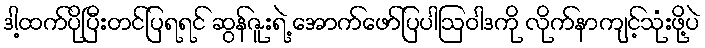
ဒါ့ထက်ပိုပြီးတင်ပြရရင် ဆွန်ဇူးရဲ့ အောက်ဖော်ပြပါဩဝါဒကို လိုက်နာကျင့်သုံးဖို့ပဲ